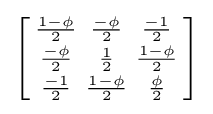
\left[{\begin{smallmatrix}{\frac {1-\phi }{2}}&{\frac {-\phi }{2}}&{\frac {-1}{2}}\\{\frac {-\phi }{2}}&{\frac {1}{2}}&{\frac {1-\phi }{2}}\\{\frac {-1}{2}}&{\frac {1-\phi }{2}}&{\frac {\phi }{2}}\end{smallmatrix}}\right]